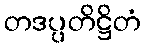
တဒပ္ပတိဋ္ဌိတံ